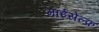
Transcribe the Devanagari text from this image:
माईसेल्फ़